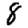
Digit: 8